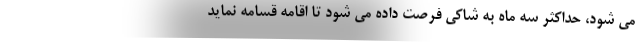
می شود، حداکثر سه ماه به شاکی فرصت داده می شود تا اقامه قسامه نماید